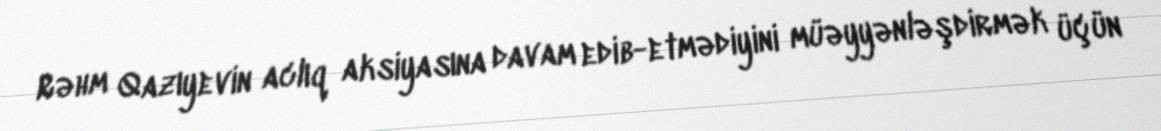
Rəhm Qazıyevin aclıq aksiyasına davam edib-etmədiyini müəyyənləşdirmək üçün